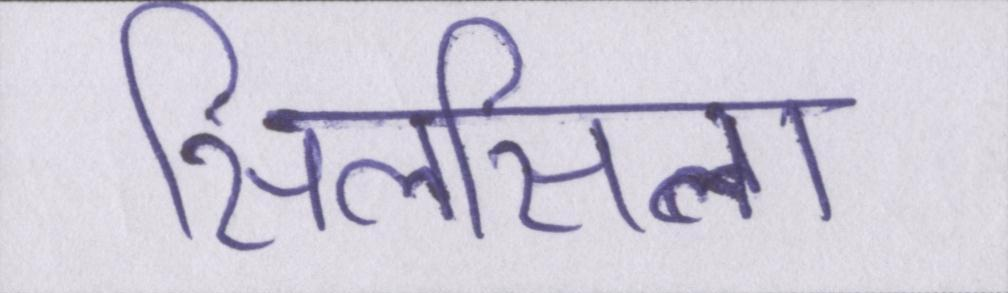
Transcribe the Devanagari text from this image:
सिलसिला